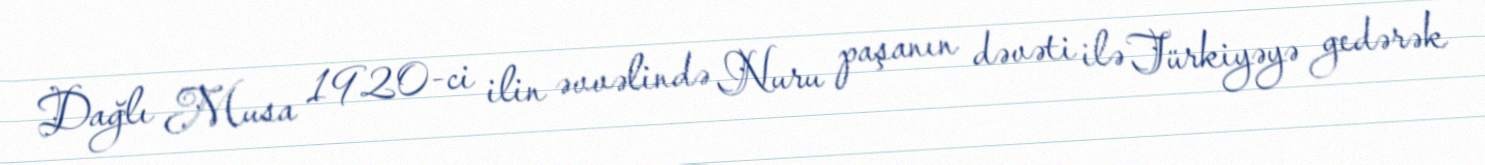
Dağlı Musa 1920-ci ilin əvvəlində Nuru paşanın dəvəti ilə Türkiyəyə gedərək